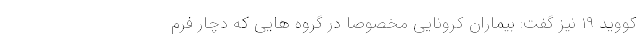
کووید ۱۹ نیز گفت: بیماران کرونایی مخصوصا در گروه هایی که دچار فرم